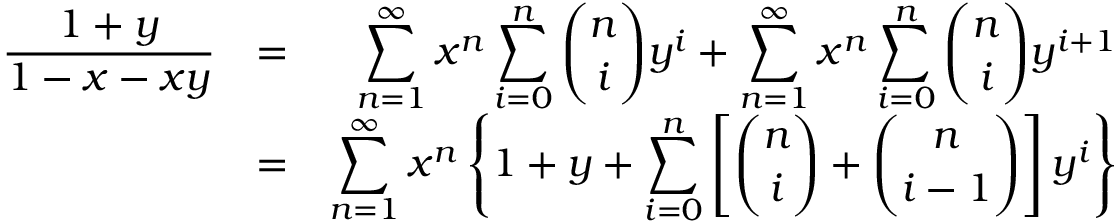
\begin{array} { r l r } { \displaystyle \frac { 1 + y } { 1 - x - x y } } & { = } & { \displaystyle \sum _ { n = 1 } ^ { \infty } x ^ { n } \sum _ { i = 0 } ^ { n } \binom n i y ^ { i } + \displaystyle \sum _ { n = 1 } ^ { \infty } x ^ { n } \sum _ { i = 0 } ^ { n } \binom n i y ^ { i + 1 } } \\ & { = } & { \displaystyle \sum _ { n = 1 } ^ { \infty } x ^ { n } \left\{ 1 + y + \sum _ { i = 0 } ^ { n } \left[ \binom n i + \binom { n } { i - 1 } \right] y ^ { i } \right\} } \end{array}